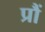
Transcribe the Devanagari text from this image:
प्रौं